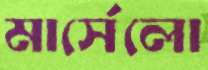
মার্সেলো